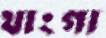
থাংগা